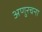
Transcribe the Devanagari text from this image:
अणुरचना